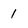
Character: 1